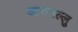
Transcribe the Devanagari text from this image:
आरुगल्लु